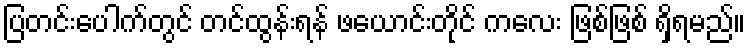
ပြတင်းပေါက်တွင် တင်ထွန်းရန် ဖယောင်းတိုင် ကလေး ဖြစ်ဖြစ် ရှိရမည်။